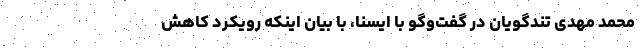
محمد مهدی تندگویان در گفت‌وگو با ایسنا، با بیان اینکه رویکرد کاهش